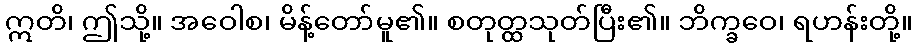
ဣတိ၊ ဤသို့။ အဝေါစ၊ မိန့်တော်မူ၏။ စတုတ္ထသုတ်ပြီး၏။ ဘိက္ခဝေ၊ ရဟန်းတို့။